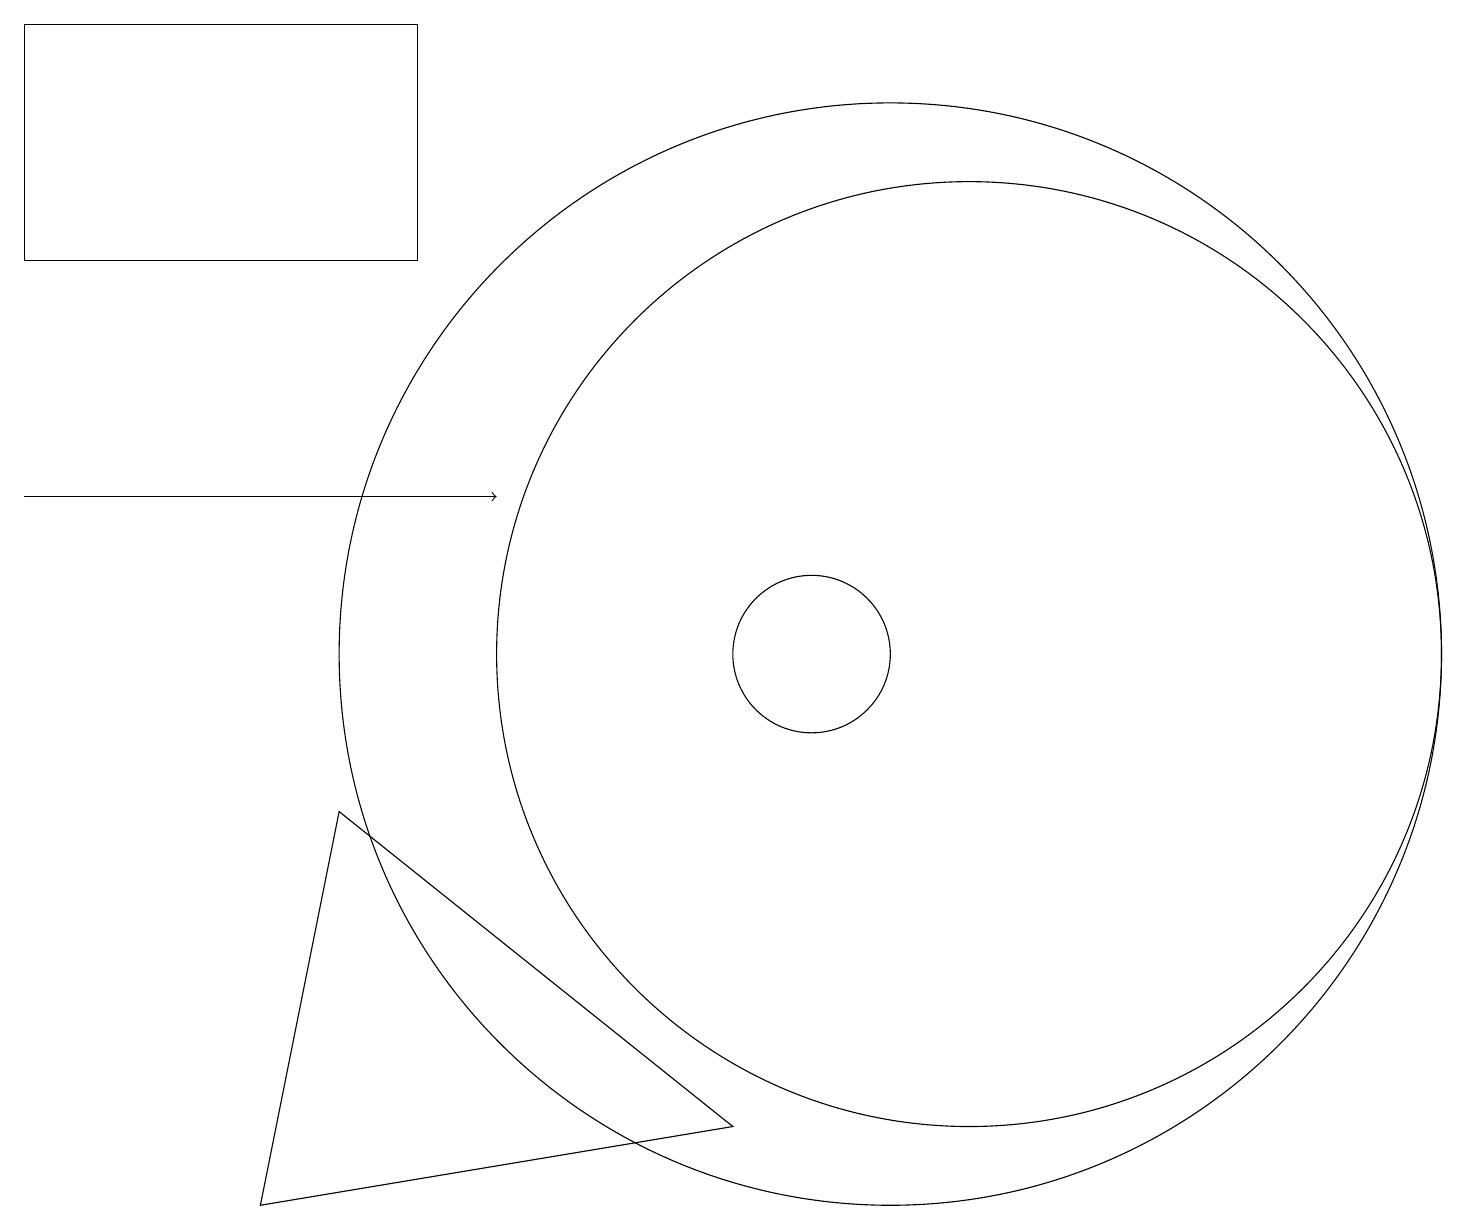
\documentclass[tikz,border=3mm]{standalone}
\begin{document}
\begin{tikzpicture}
\draw[->] (0,13) -- (6,13);
\draw (10,11) circle (1);
\draw (0,19) rectangle (5,16);
\draw (12,11) circle (0);
\draw (9,5) -- (3,4) -- (4,9) -- cycle;
\draw (12,11) circle (6);
\draw (11,11) circle (7);
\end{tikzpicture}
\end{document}